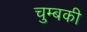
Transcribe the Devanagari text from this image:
चुम्बकी